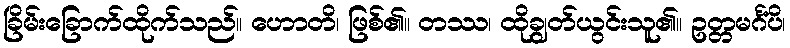
ခြိမ်းခြောက်ထိုက်သည်။ ဟောတိ၊ ဖြစ်၏။ တဿ၊ ထိုချွတ်ယွင်းသူ၏။ ဥတ္တမင်္ဂံပိ၊